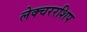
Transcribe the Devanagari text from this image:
लेक्चररशिप